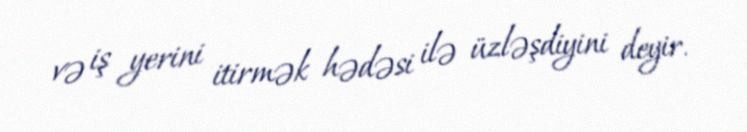
və iş yerini itirmək hədəsi ilə üzləşdiyini deyir.